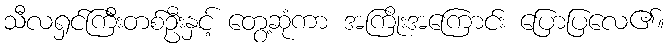
သီလရှင်ကြီးတစ်ဦးနှင့် တွေ့ဆုံကာ အကြိုးအကြောင်း ပြောပြလေ၏။